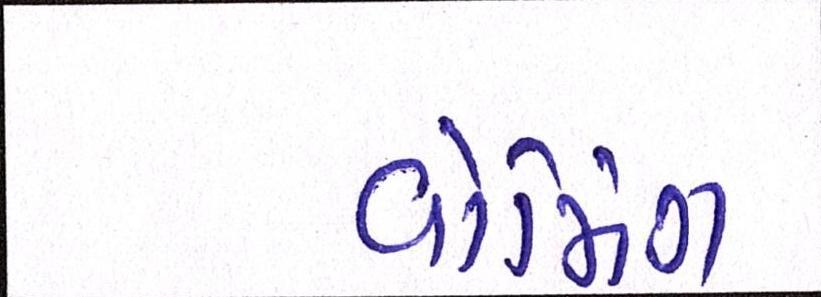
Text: વોર્મિંગ